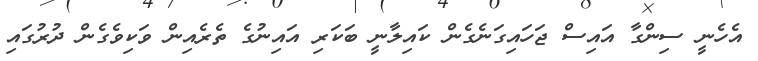
އެހެނީ ސިންގާ އައިސް ޖަހައިގަނެގެން ކައިލާނީ ބަކަރި އައިނުގެ ތެރެއިން ވަކިވެގެން ދުރުގައި